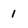
Character: 1